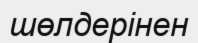
шөлдерінен